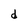
Character: d